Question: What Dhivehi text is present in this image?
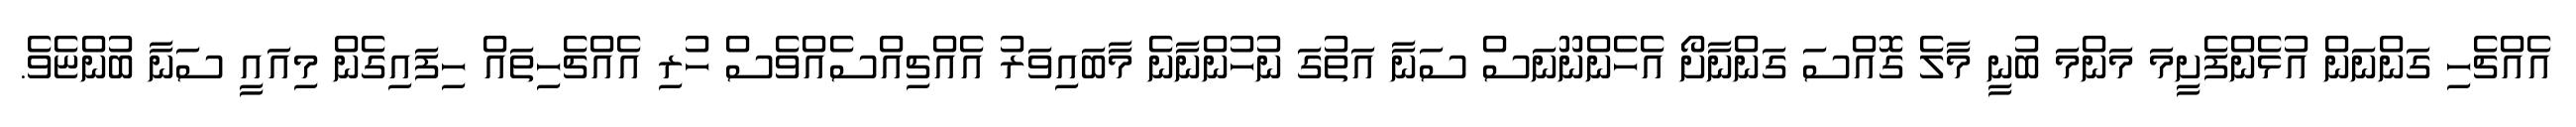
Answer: އެއްޗެހި ގަންނަން އުޅެންފެށީމަ މަންމަ ބުނީ މާލެ ގޮއްސަ ގަންނާށޯ އެހެންނޫނަސް ސަނާ އަތުގަ ނުހުންނާނެ މާބައިވަރު އެއްޗިއްސެއްވެސް ހުރި އެއްޗެހިތައް ހިފައިގެން މިއައީ ސަނާ ބުންޏެވެ.